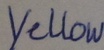
Text: Yellow